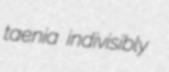
taenia indivisibly